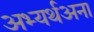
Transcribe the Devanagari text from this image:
अभ्यर्थअना